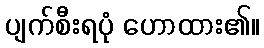
ပျက်စီးရပုံ ဟောထား၏။